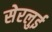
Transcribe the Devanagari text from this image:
सेरलुई